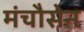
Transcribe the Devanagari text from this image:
मंचौसेन